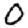
Digit: 0